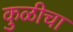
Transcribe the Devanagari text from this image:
कुळीचा